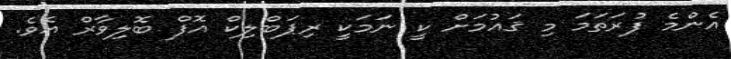
އެންމެ ފުރަތަމަ މި ޤައުމަށް ކީ ނަމަކީ ރިޕަބްލިކް އޮފް ބޮލިވާރް އެވެ.